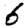
Digit: 6